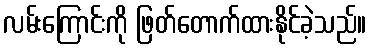
လမ်းကြောင်းကို ဖြတ်တောက်ထားနိုင်ခဲ့သည်။